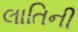
લાતિની